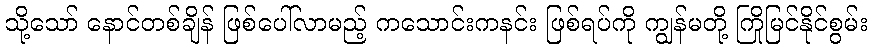
သို့သော် နောင်တစ်ချိန် ဖြစ်ပေါ်လာမည့် ကသောင်းကနင်း ဖြစ်ရပ်ကို ကျွန်မတို့ ကြိုမြင်နိုင်စွမ်း